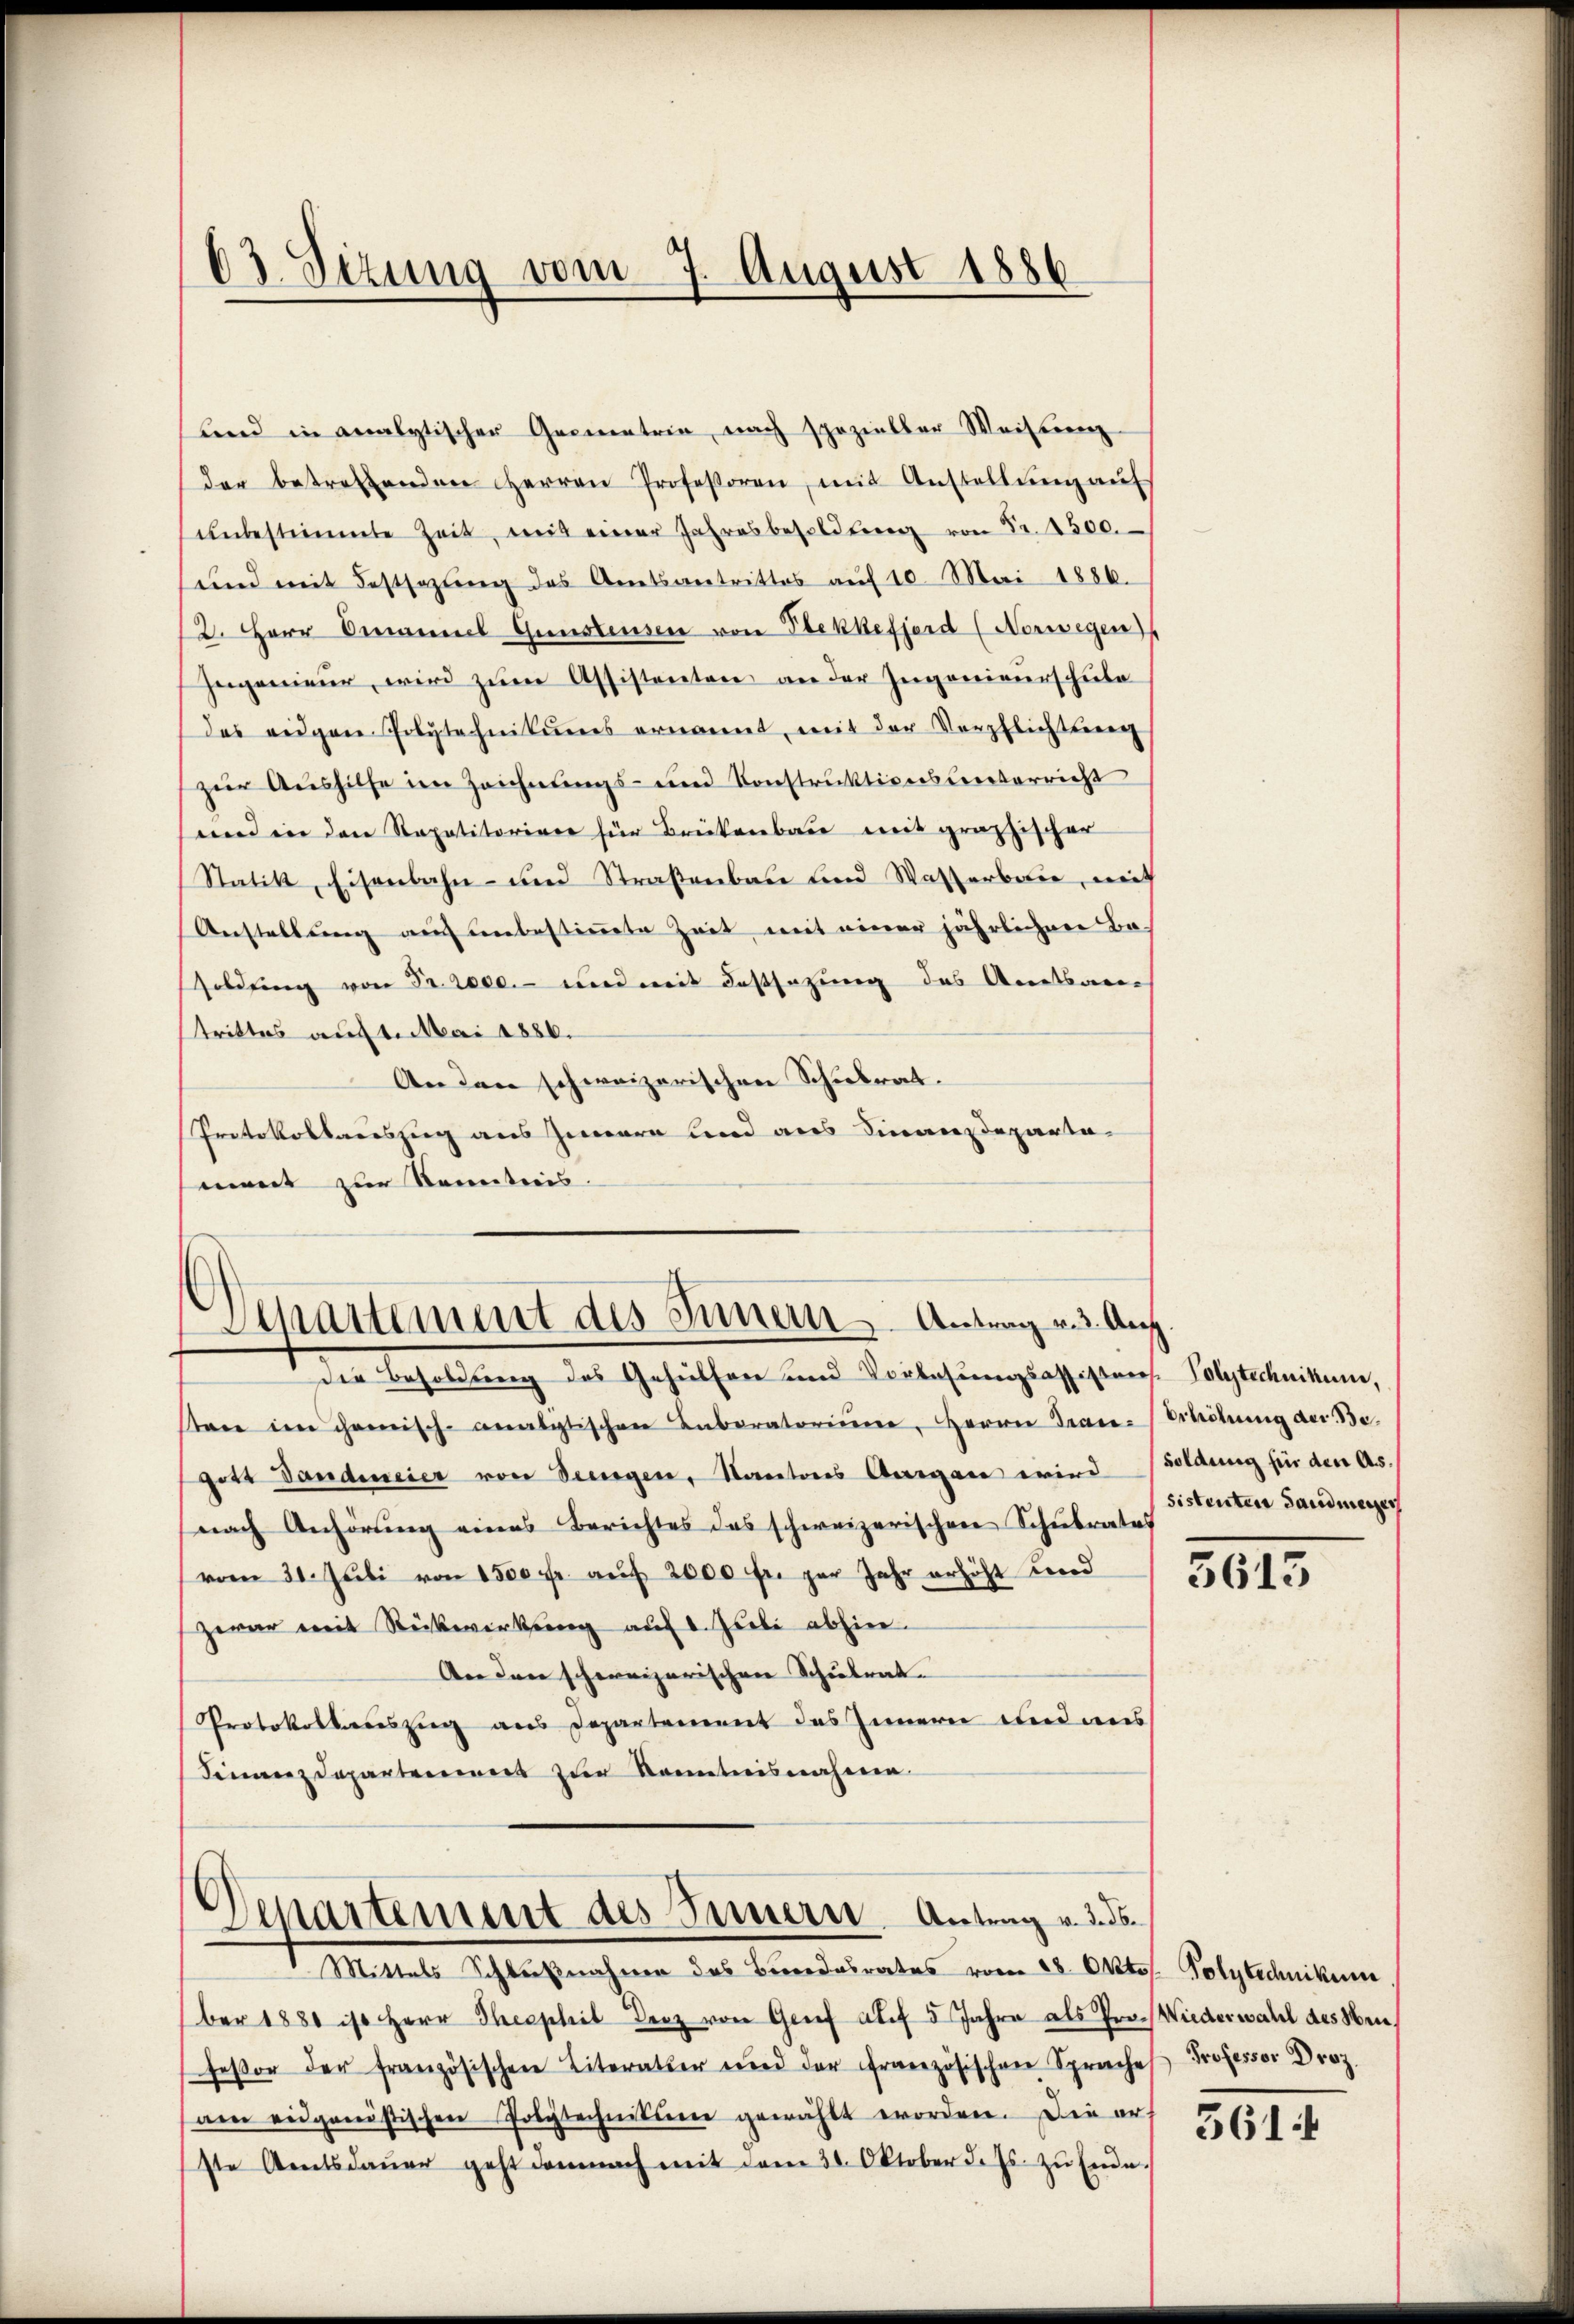
lend in analytischen Generatria nach spezieller Weiserenz
der betreffenden Herren Professoren, mit Anstellŭng auf
ŭnbestimmte Zeit, mit einer Jahresbesoldŭng von Fr. 4500.
und mit Festsezung des Amtsantrittes aŭf 10. Mai 1886.
12. Herr Omaniel Gunstensen von Bekkefjerd (Norwegen
Ingenieŭr wird zŭm Assistenten an der Ingenieurschule
des eidgen Polytechnikums ernannt, mit der Verpflichtung
zur Aushilfe im Zeichnungs- und Konstruktionsleiterricht
end in den Repetitoriere für Brückenbau mit graphischer
Statik, Eisenbahn- und Straßenbau und Wasserbaue, mit
Anstellung auch unbestimmte Zeit mit einer jährlichere Bosoldung von Fr. 2000.- und mit dessezung des Amtsan-
strittes auf 1. Mai 1886.
Anden schweizerischen Schulrat.
Protokollauszug aus Zara und aus Finanzdeparte
ment zur Kenntnis.

6
03. Sizung vom 7. August 1886

Departement des Innern Antrag und Auf

die Besoldung des Gehülfen und Vorlesungsoffister. Polytechnikum,
sten im Chemisch-analitischen Laboratorium, Herrn Grau-Erhöhung der Begott Vandeneier von Seingen, Kantons Aargau wird soldung für den Ass.
nach Anhörung eines Berichtes das schweizerischen Schulrates
(vom 30. Juli von 1500 fr. aŭf 2000 fr. per Jahr erhöht Fried
zwar mit Rückwirkung auf 1. Juli abhier.
An den schweizerischen Schulrat.
Protokollauszug aus Departement des Innern und aus
Finanzdepartemens zur Kenntnisnahmen.

Departement des Seinern Antrag v. 3. ds.
 Mittels Schlußnahme des Bundesrates vom 28. Oktob. Polytechnikum

ber 1881 ist Herr Theophil Herz von Grief auf 5 Jahre als Pro- Wiederwahl des Meufessor der französischen Literather und der Französischen Spraches Professor Droz.
am eidgenössischen Polytechnikum gewählt worden. Die er-
ste Amtsdaŭer geht demnach mit dem 30. Oktober d. Js. zŭ Ende.

sistenten Landmeier

3613

361